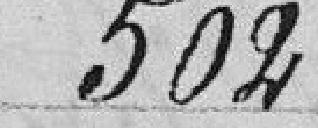
502